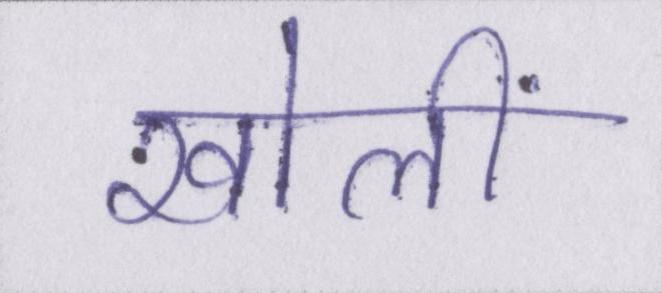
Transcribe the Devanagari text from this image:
खोलीं